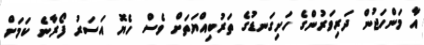
އާ މަންހަޖުން ދަރިވަރުންގެ ހަށިގަނޑުގެ ތަރުބިއްޔަތަށް ވެސް ހެޔޮ އަސަރު ފޯރާނެ ކަމަށް